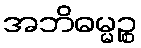
အဘိဓမ္မဉ္စ